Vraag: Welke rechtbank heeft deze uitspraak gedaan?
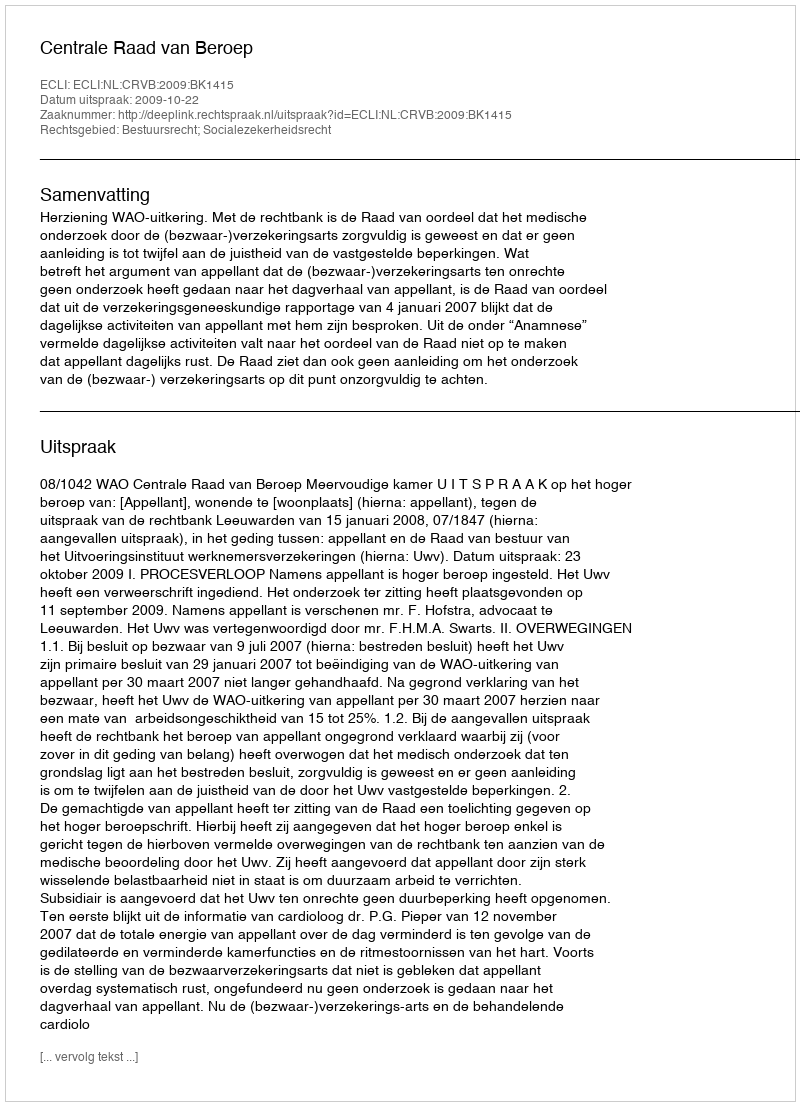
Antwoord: Centrale Raad van Beroep